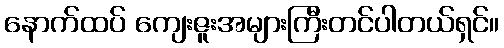
နောက်ထပ် ကျေးဇူးအများကြီးတင်ပါတယ်ရှင်။